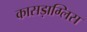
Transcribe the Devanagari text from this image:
कासड़ाग्लिस